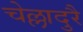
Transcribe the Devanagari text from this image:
चेल्लादुरै